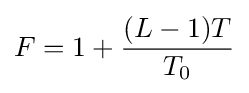
F=1+{\frac {(L-1)T}{T_{0}}}